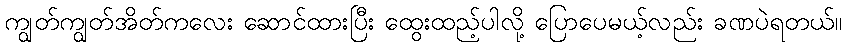
ကျွတ်ကျွတ်အိတ်ကလေး ဆောင်ထားပြီး ထွေးထည့်ပါလို့ ပြောပေမယ့်လည်း ခဏပဲရတယ်။